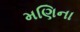
મણિના